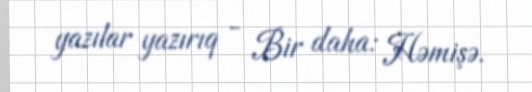
yazılar yazırıq - Bir daha: Həmişə.